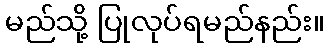
မည်သို့ ပြုလုပ်ရမည်နည်း။